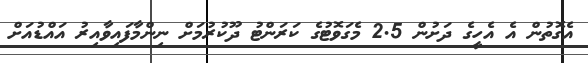
އެގޮތުން އެ އެހީގެ ދަށުން 2.5 މެގަވޮޓުގެ ކަރަންޓު ދޫކުރުމަށް ނިންމާފައިވާއިރު އައްޑުއަށް